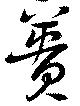
蕢